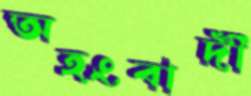
অহংবাদী